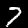
Digit: 7